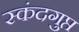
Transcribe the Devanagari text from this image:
स्‍कंदगुप्त